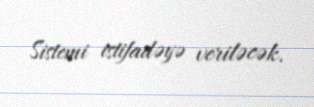
Sistemi istifadəyə veriləcək.